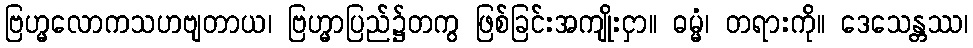
ဗြဟ္မလောကသဟဗျတာယ၊ ဗြဟ္မာပြည်၌တကွ ဖြစ်ခြင်းအကျိုးငှာ။ ဓမ္မံ၊ တရားကို။ ဒေသေန္တဿ၊